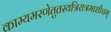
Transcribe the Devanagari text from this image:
काम्यमरणेतुतस्यत्रिरात्रमाशौचम्